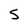
Character: S